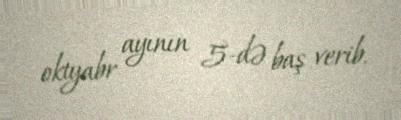
oktyabr ayının 5-də baş verib.